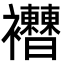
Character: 𧟔